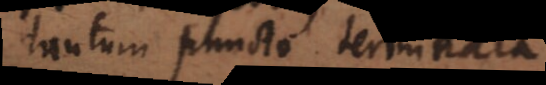
tantum puncto terminata.